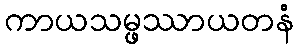
ကာယသမ္ဖဿာယတနံ